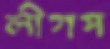
লীগপ